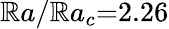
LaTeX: \mathbb{R}a/\mathbb{R}a_{c}{=}2.26